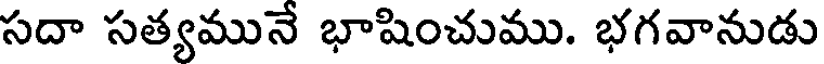
సదా సత్యమునే భాషించుము. భగవానుడు